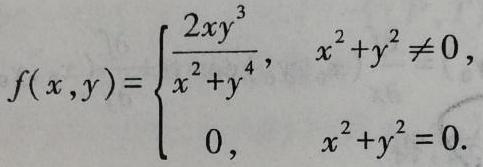
\[
f(x,y)=
\begin{cases}
\frac{2xy^{3}}{x^{2}+y^{4}}, & x^{2}+y^{2} \neq 0, \\
0, & x^{2}+y^{2}=0.
\end{cases}
\]